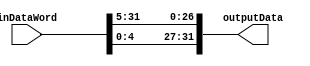
//Modu Kombinacyjny wykonujcy ROTR o 5 bitw.
module NeokeonROTR32by5fun(
	input wire [31:0] inDataWord, //Wejscie 32 bitowe magistrali danych
	output wire [31:0] outputData //Wyjscie 32 bitowe magistrali danych
);


assign outputData = {inDataWord[4:0],inDataWord[31:5]};
endmodule